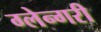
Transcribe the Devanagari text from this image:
ग्लेन्गरी